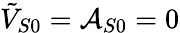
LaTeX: \tilde{V}_{S0}=\mathcal{A}_{S0}=0